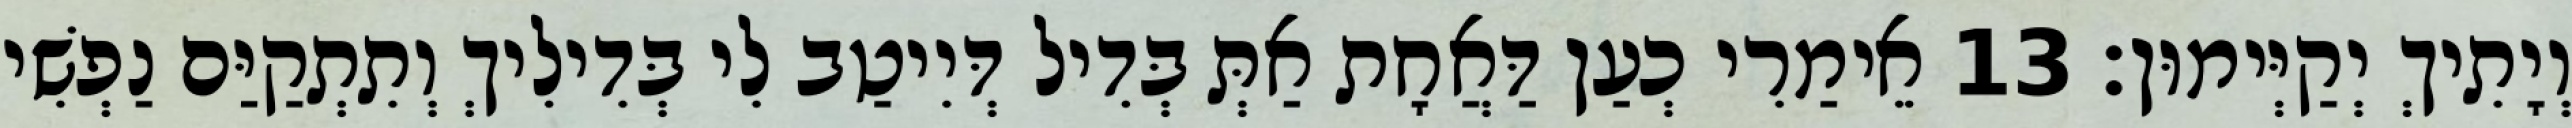
וְיָתִיךְ יְקַיְּימוּן׃ 13 אֵימַרִי כְעַן דַּאֲחָת אַתְּ בְּדִיל דְּיִיטַב לִי בְּדִילִיךְ וְתִתְקַיַּם נַפְשִׁי